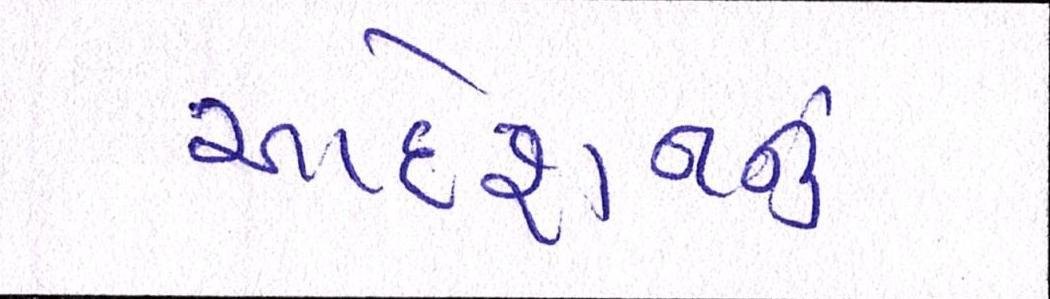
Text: આદેશનનું